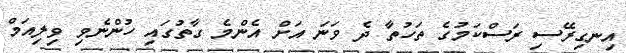
އިނގިރޭސި ރަސްކަމުގެ ތަހުތާ ދެ ވަނަ އަށް އެންމެ ގާތުގައި ހުންނެވި ވިލިއަމް